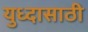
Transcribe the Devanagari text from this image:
युध्दासाठी